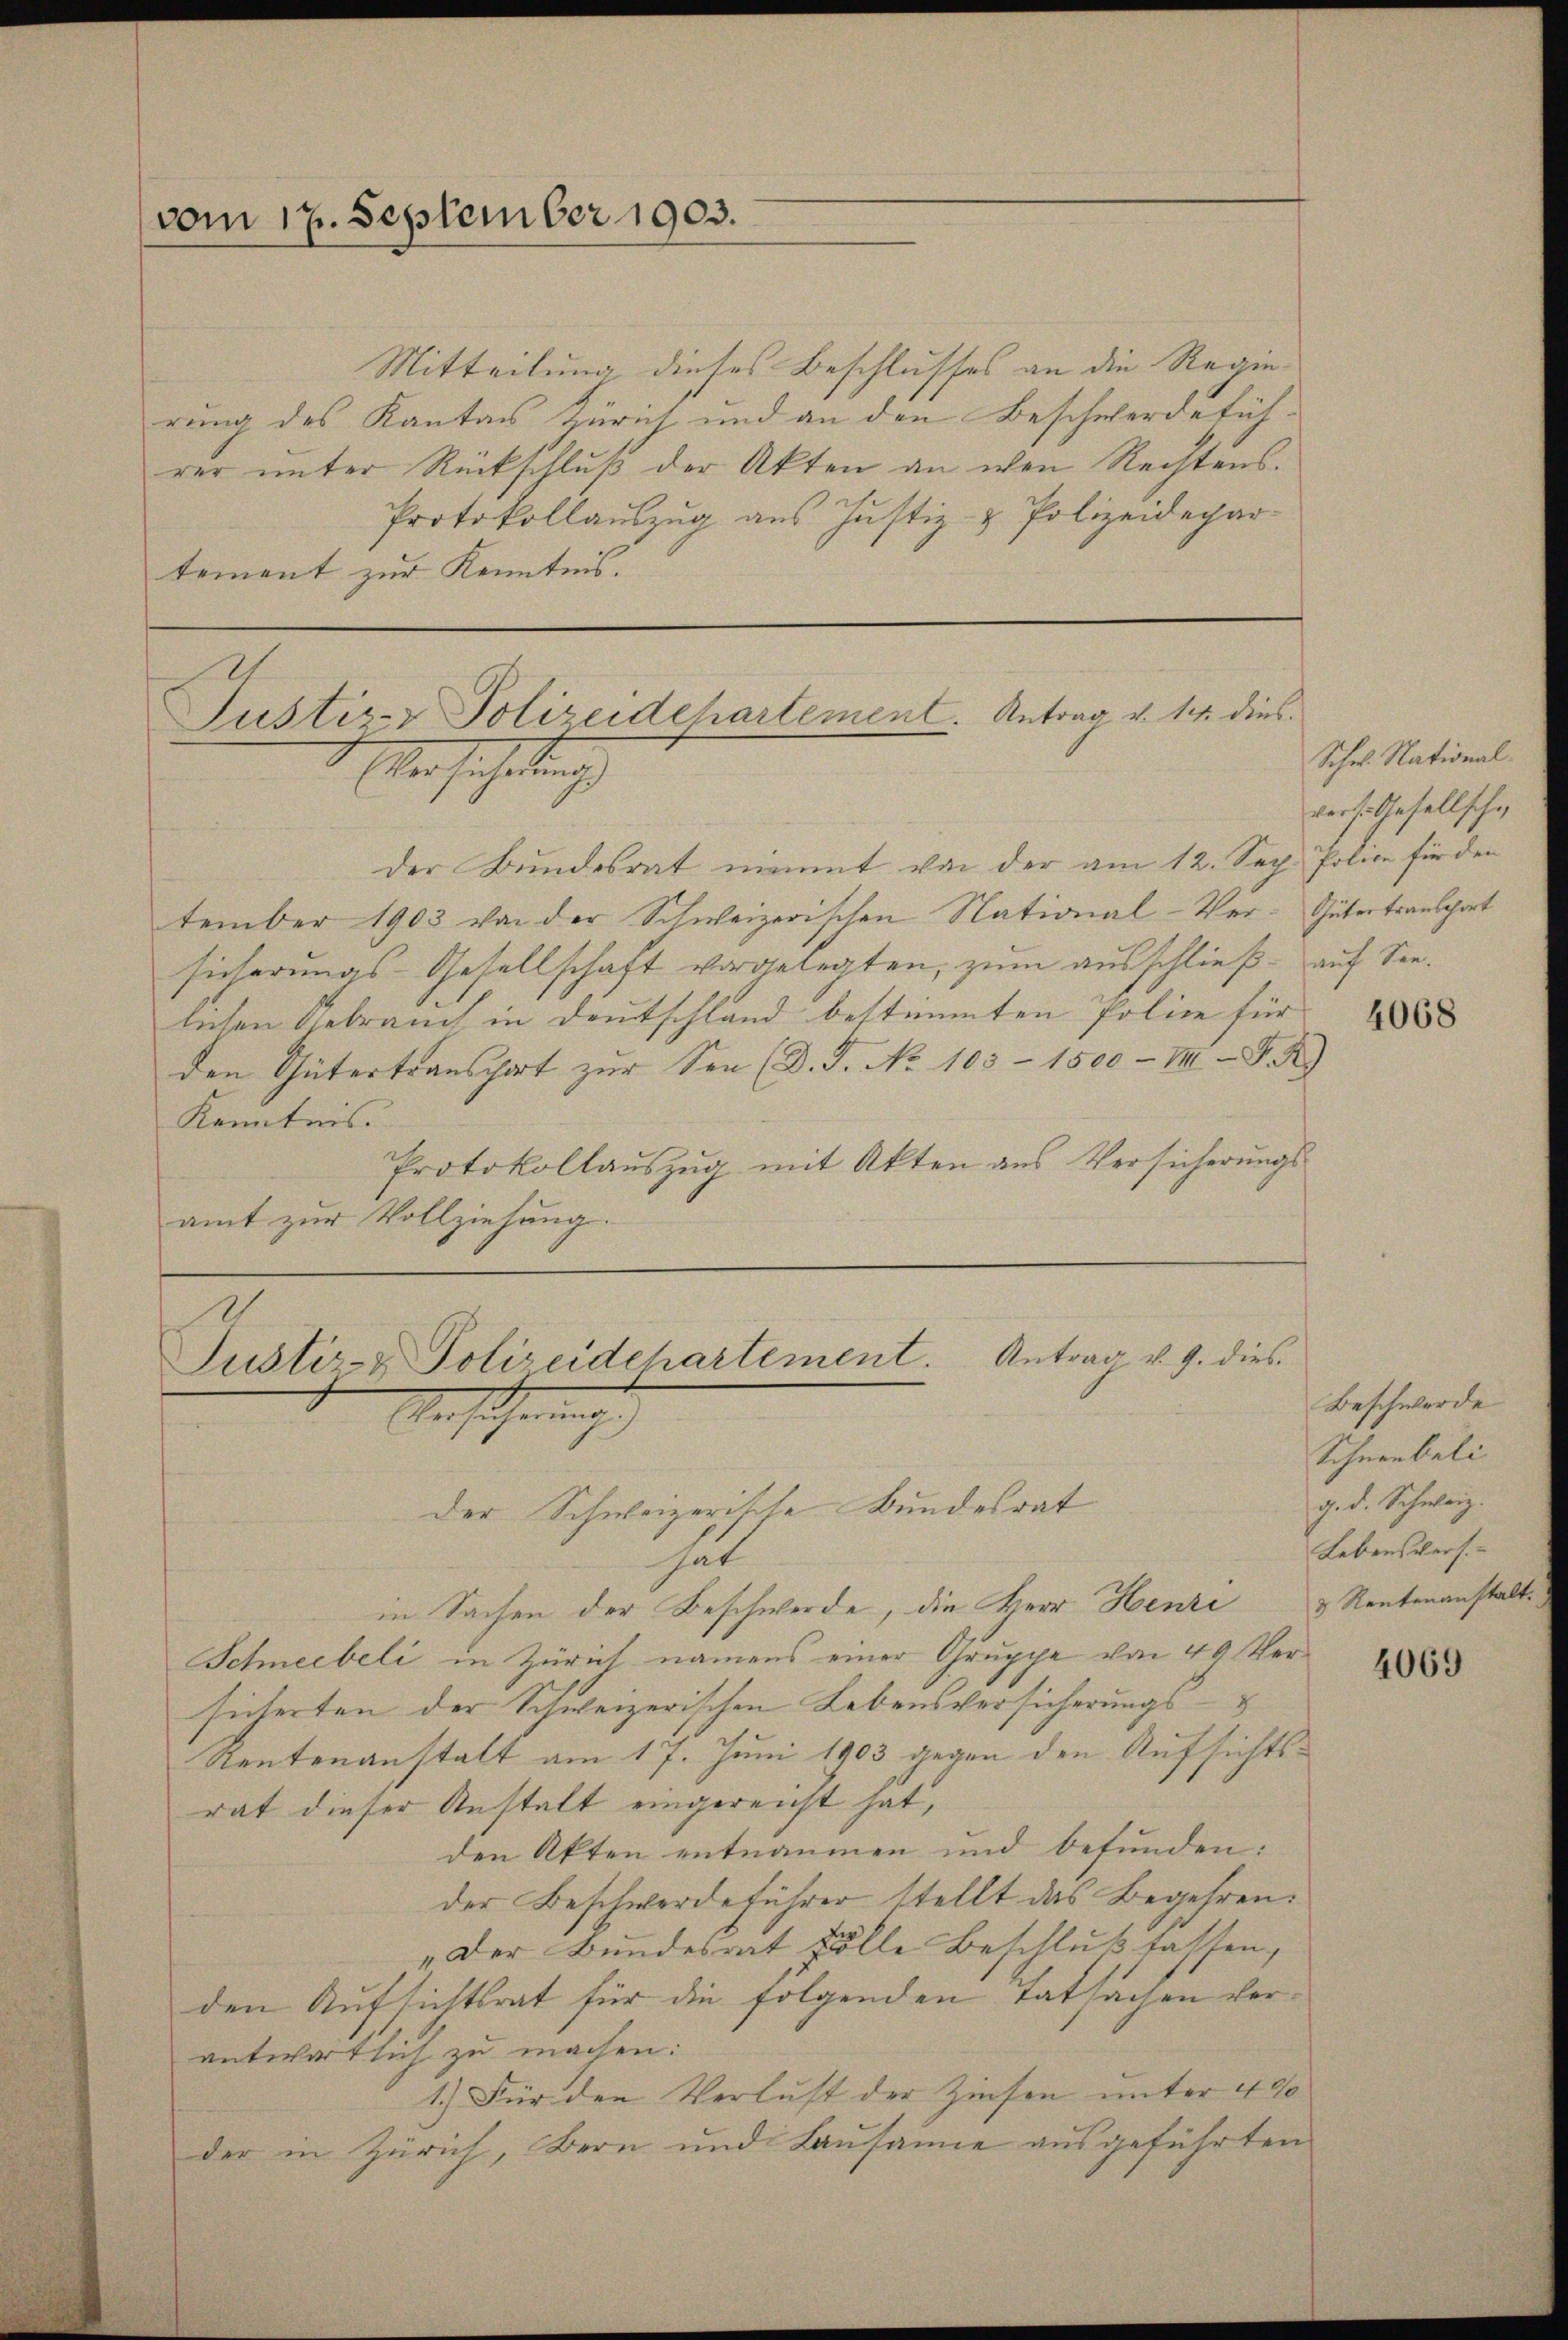
vom 17. September 1903.

Mitteilung dieses Beschlusses an die Regierung des Kanton Zürich und an den Beschwerdeführer unter Rückschluß der Akten an wen Rechtens.
Protokollauszug aus Justiz- & Polizeidepartement zur Kenntnis.
Justiz- & Polizeidehartement. Antrag v. 14. dies

der gehaltung

der Bundesrat nimmt von der am 12. Sep. Police für den
tember 1903 von der Schweizerischen National-Ver-Gütertransport
sicherungs-Gesellschaft vorgelegten, zum ausschließ auf Seelichen Gebrauch in Deutschland bestimmten Police für
den Gütertranschart zŭr See (D. J. No 103 - 1500- VIII S. R
Kenntnis.
Protokollauszug mit Akten aus Versicherŭngs-
amt zur Vollziehung.

Justiz- & Polizeidchartement. Antrag v. 9. dies
Aen sicherung

der Schweizerische Bundesrat
Gat
in Sachen der Beschwerde, die Herr Henri
Schneebeli in Zürich namens einer Gruppe von 49 Versicherten der Schweizerischen Lebensversicherungs-
Reutenanstalt am 17. Juni 1903 gegen den Aufsichtsrat dieser Anstalt eingereicht hat,
den Akten entnommen und befunden:
der Beschwerdeführer stellt das Begehren.
„Der Bundesrat volle Beschluß fassen,
den Aufsichtsrat für die folgenden Tatsachen verantwortlich zu machen:
1.) Für den Verlust der Zinsen unter 400
der in Zürich, Bern und Lausanne ausgeführten

Schr. Nationalwerte Gesellscha

4068

Beschwerde
Schneebeli
g. d. Schweiz.
Lebensvers
& Rentenanstalt.

4069